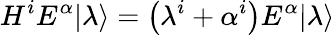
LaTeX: H^{i}E^{\alpha}|\lambda\rangle=\left(\lambda^{i}+\alpha^{i}\right)E^{\alpha}|\lambda\rangle